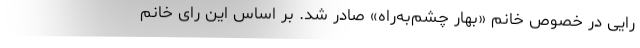
رایی در خصوص خانم «بهار چشم‌به‌راه» صادر شد. بر اساس این رای خانم